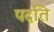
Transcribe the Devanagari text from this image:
पदति